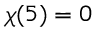
\chi ( 5 ) = 0